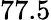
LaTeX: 77.5